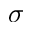
\boldsymbol { \sigma }